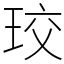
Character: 珓